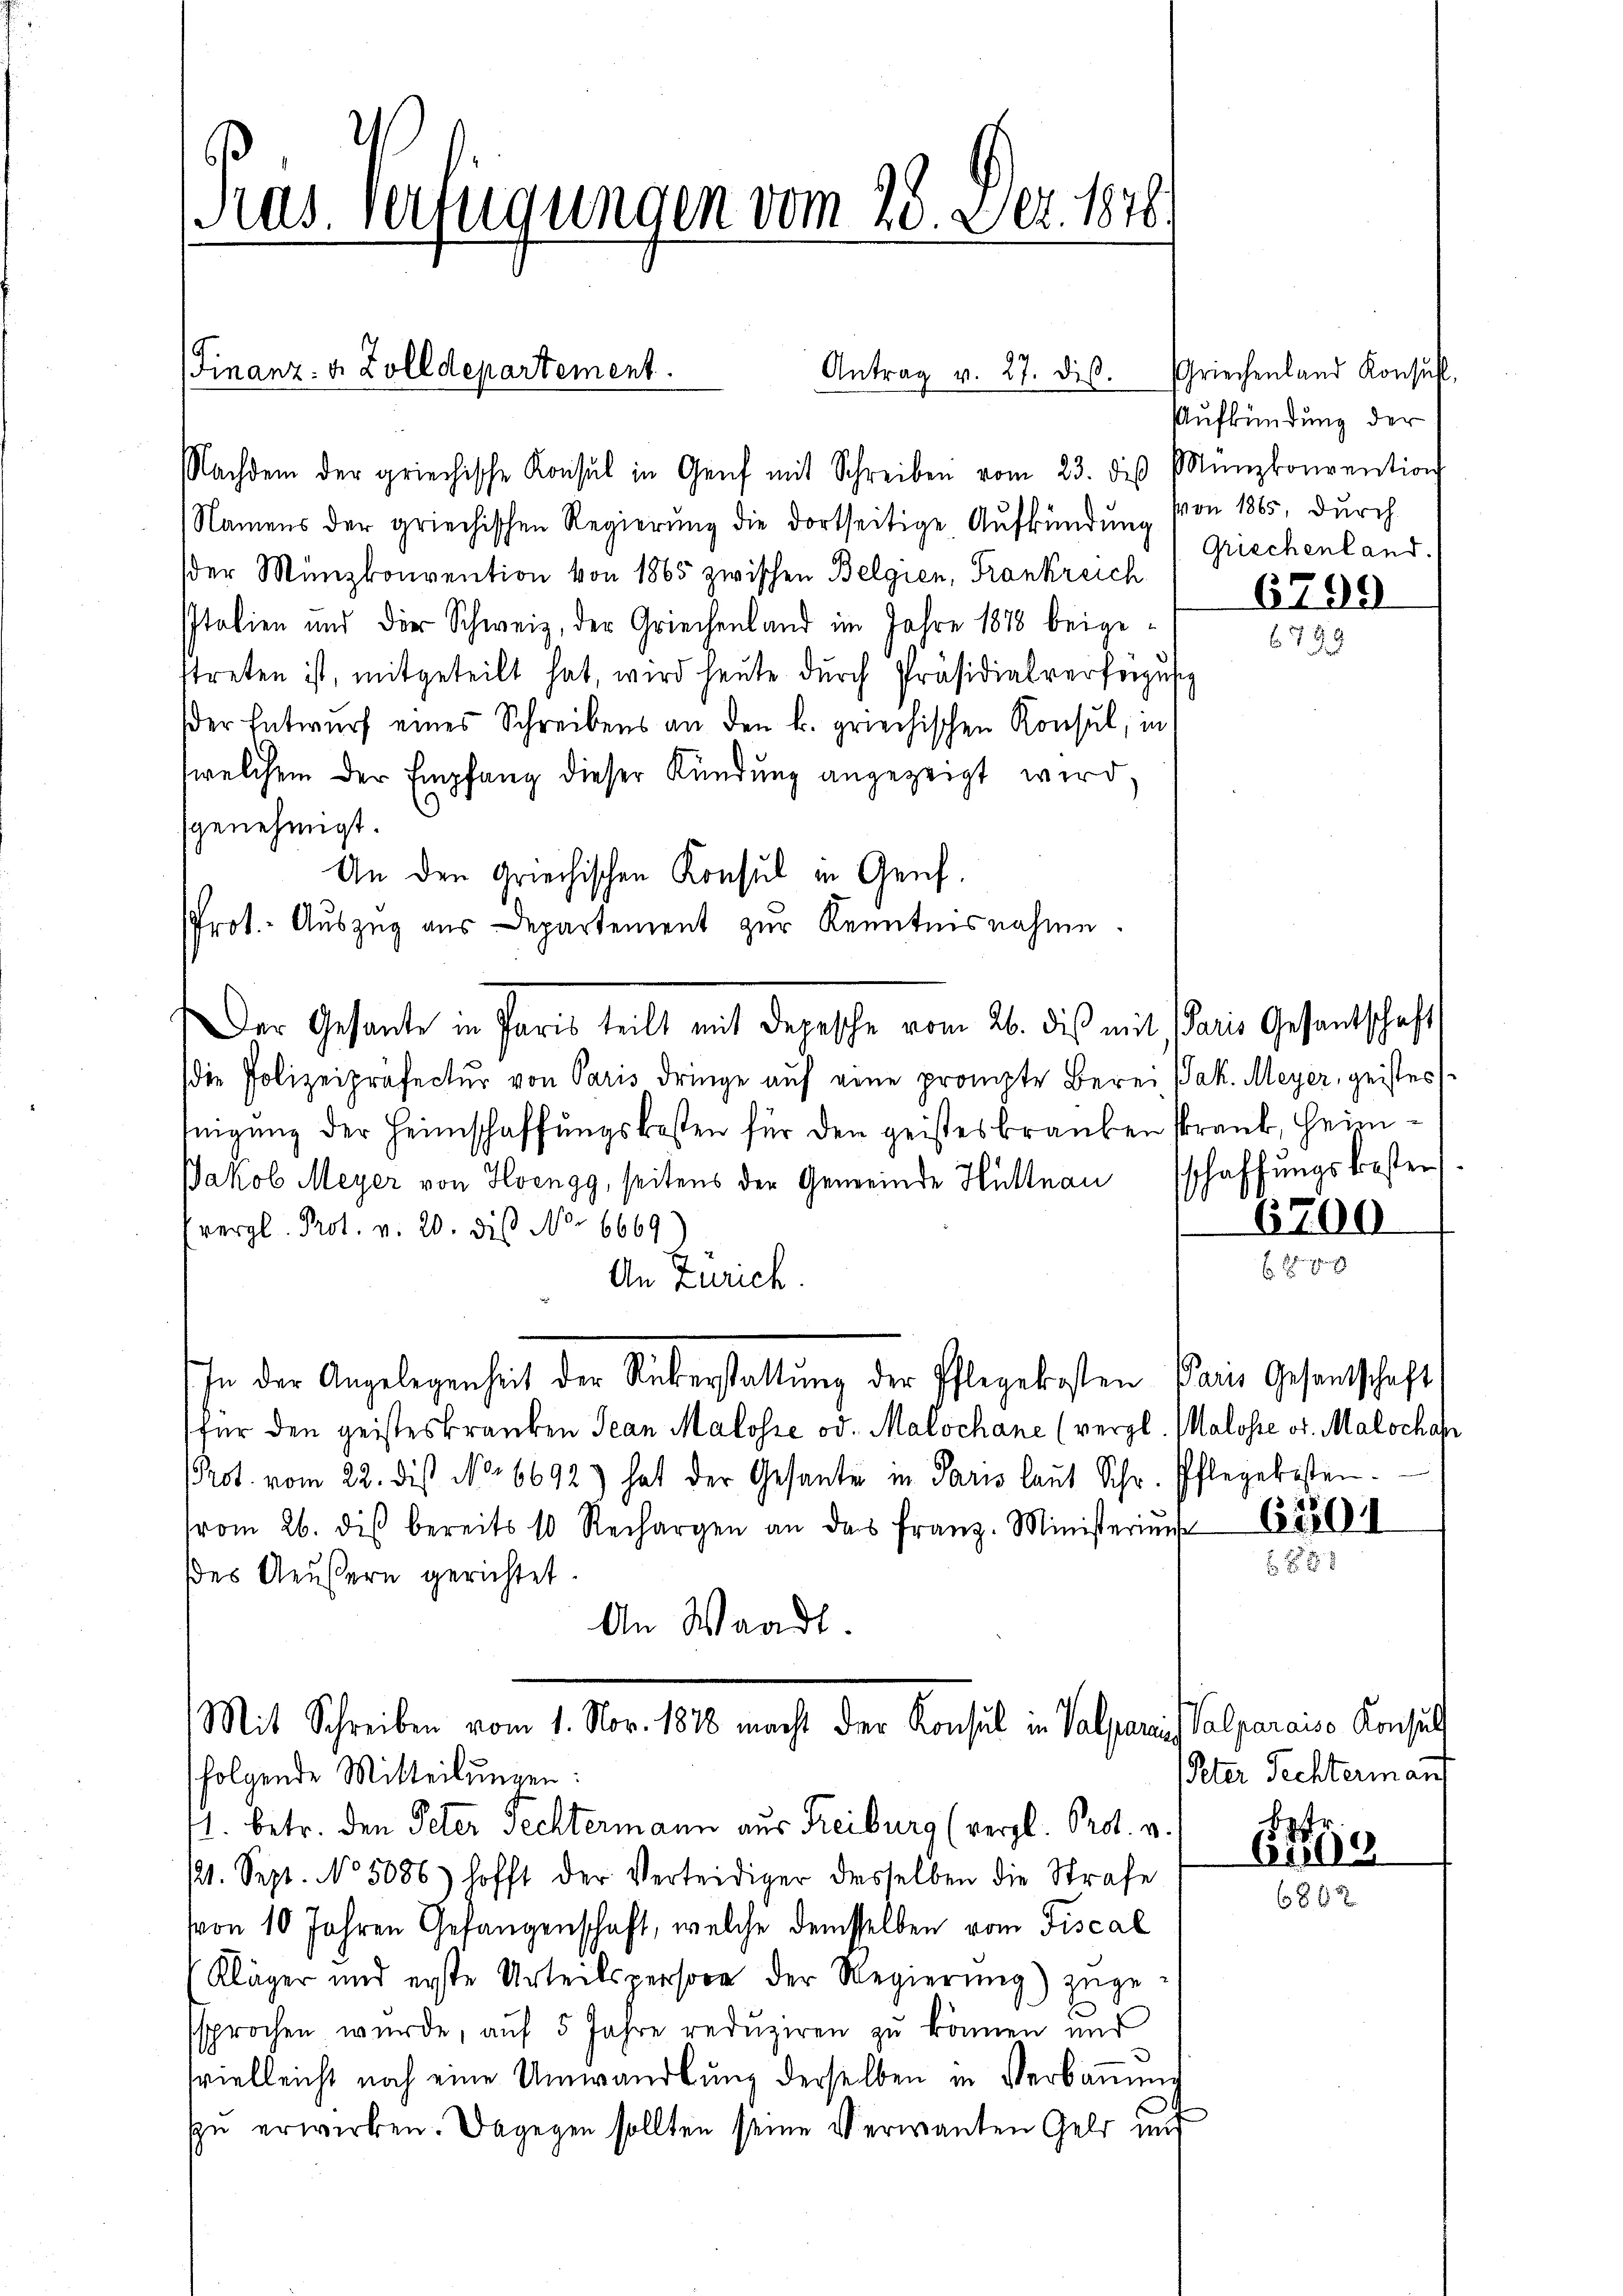
(Finanz- u. Zolldepartement.

Nachdem der griechische Konsul in Genf mit Schreiben vom 23. des Münzkonvention
Namens der griechischen Regierŭng die dortseitige Aufkündung von 1865, durch
der Münzkonvention von 1865 zwischen Belgien, Frankreich
Italien und die Schweiz, der Griechenland im Jahre 1878 beigettreten ist, mitgeteilt hat, wird heute durch Präsidialverfeigens
Der Entwurf eines Schreibens an den k. griechischen Konsul, in
welchem der Empfang dieser Kündung angezeigt wird,
genehmigt.
An den Griechischen Konsul in Genf.
PProt.- Auszug aus Departement zur Kenntnisnahme.
Der Gesante in Paris teilt mit Depesche vom 26. dieß mit Paris Gesantschaft
die Polizeipräfectur von Paris dringe auf eine prompte Berei Jak. Meyer, geister
nigung der Heimschaffungskosten für den geisteskranken krank, Heim¬
Jakob Meyer von Hoengg, seitens der Gemeinde Hüttnau schaffungskoster
(vergl. Prot. v. 20. die No 6669
An Zürich
sohn der Angelegenheit der Ueberstattung der Pflegekosten
für den geisteskranken Jean Malosse od. Malochane (vergl. Malosse or. Malschaf
Prot. vom 22. des No 6692) hat der Gesante in Paris laut Schr. Pflegekosten.
vom 26. dis bereits 10 Rechargen an das Franz. Ministerinn
des Aeußern gerichtet.
An Waadt.

Pras. Verfügungen vom 28. Dez. 1876.

Antrag v. 27. dis.

Mit Schreiben vom 1. Nov. 1878 macht der Konsul in Valpareis Salparaiso Konsult

folgende Mitteilungen:
1. betr. den Peter Fechtermann aus Freiburg (vergl. Prot. v.
21. Sept. No 5086) hofft der Verteidiger desselben die Strafe
von 10 Jahren Gefangenschaft, welche demselben vom Fiscal
Kläger und erste Urteilspersone der Regierung) zugesprochen wurde, aŭf 5 Jahre redŭziren zu können und
hvielleicht noch eine Umwandlŭng derselben in Verbaŭŭng
zu erwirken. Dagegen sollten seine Verwanten Geld und

Griechenland Konsul
Aufkündung der
Griechenland.

.

6799
679.
3

00

Paris Gesandtschaft

61204
 f 8 x

Peter Fechterman

G